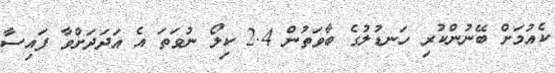
ކެއުމަށް ބޭނުންކުރި ހަނޑުލުގެ ބާވަތުން 2.4 ކިލޯ ނުވަތަ އެ އަދަދަށްވާ ފައިސާ